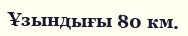
Ұзындығы 80 км.